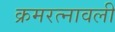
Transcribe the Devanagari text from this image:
क्रमरत्नावली